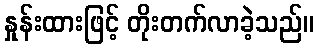
နှုန်းထားဖြင့် တိုးတက်လာခဲ့သည်။